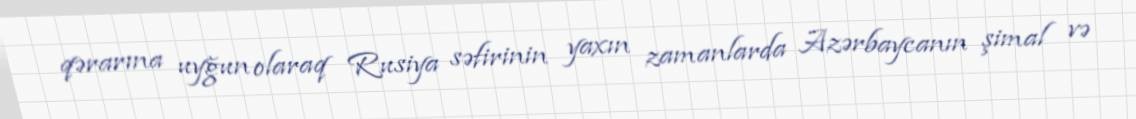
qərarına uyğun olaraq Rusiya səfirinin yaxın zamanlarda Azərbaycanın şimal və